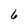
Character: 6